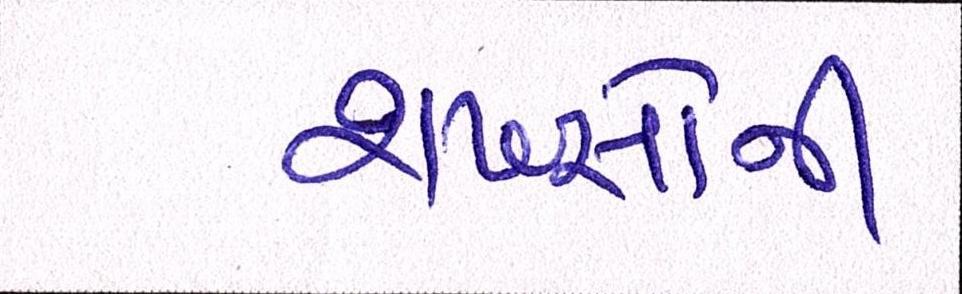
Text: શખ્સોની